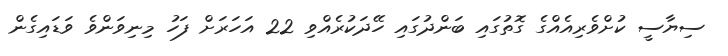
ސިޔާސީ ކުށްވެރިއެއްގެ ގޮތުގައި ބަންދުގައި ހޭދަކުރެއްވި 22 އަހަރަށް ފަހު މިނިވަންވެ ވަޑައިގެން